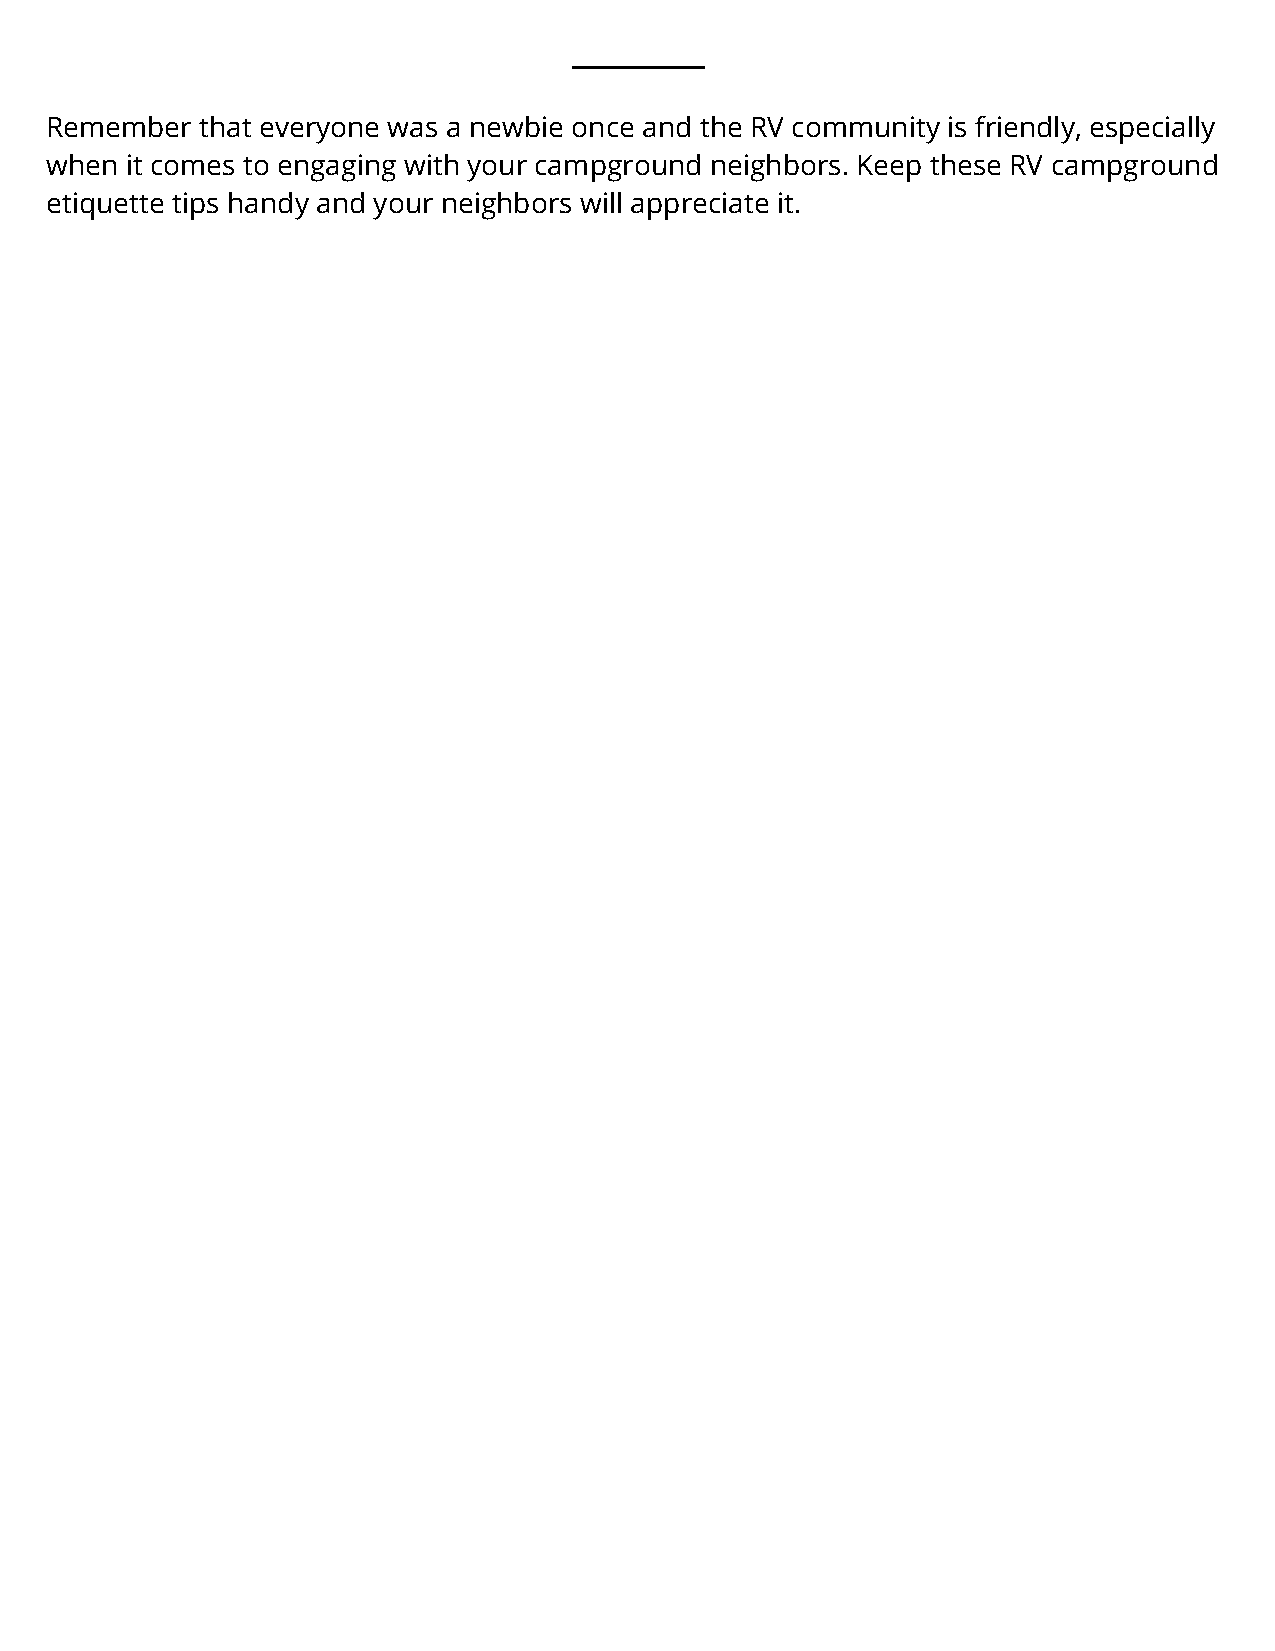
Remember  that everyone was a newbie once and the RV community is friendly, especially
 when it comes to engaging with your campground neighbors. Keep these RV campground
 etiquette tips handy and your neighbors will appreciate it.